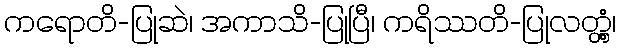
ကရောတိ-ပြုဆဲ၊ အကာသိ-ပြုပြီ၊ ကရိဿတိ-ပြုလတ္တံ့၊